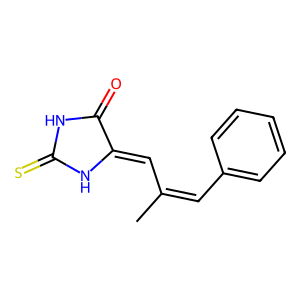
SMILES: CC(=Cc1ccccc1)C=C1NC(=S)NC1=O
Inhibits HIV replication: No